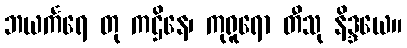
ဘယင်္ကရေ တု ကဌိနေ၊ ကုရူရော တီသု နိဒ္ဒယေ။